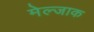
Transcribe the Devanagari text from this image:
मेल्जाक